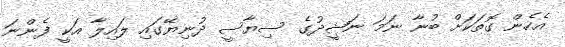
އެހެން ގޮތަކަށް ބުނާ ނަމަ ނަޝީދުގެ ސިޔާސީ ދުނިޔޭގައި ލައިލާ އަކީ ފެންނަ